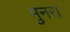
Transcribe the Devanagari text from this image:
मुनरा